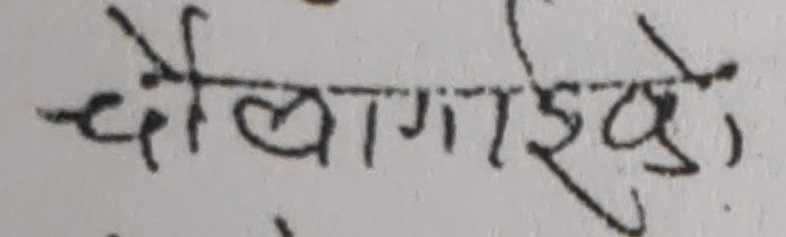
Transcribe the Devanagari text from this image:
दोबागाइको